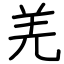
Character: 羌